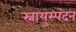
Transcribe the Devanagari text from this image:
स्नायुस्पंदन